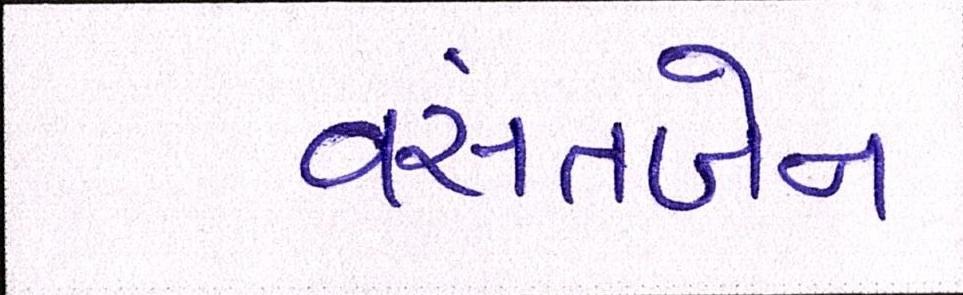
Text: વસંતબેન